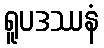
ရူပဒဿနံ